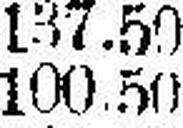
100.50